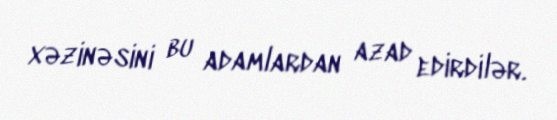
xəzinəsini bu adamlardan azad edirdilər.